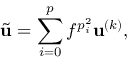
\widetilde { \mathbf { u } } = \sum _ { i = 0 } ^ { p } f ^ { p _ { i } ^ { 2 } } \mathbf { u } ^ { ( k ) } ,